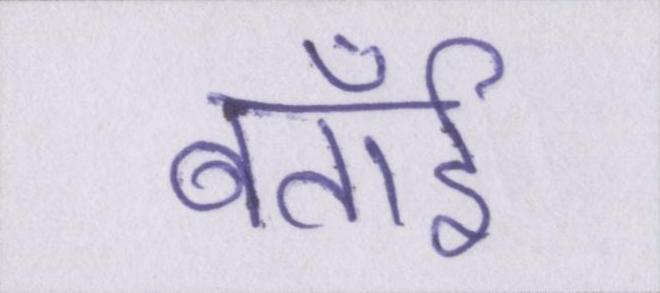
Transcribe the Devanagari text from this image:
बताईँ